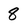
Character: 8